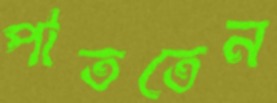
পাততেন